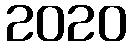
2020